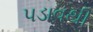
પડાવથી